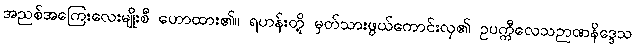
အညစ်အကြေးလေးမျိုးစီ ဟောထား၏။ ရဟန်းတို့ မှတ်သားဖွယ်ကောင်းလှ၏ ဥပက္ကီလေသဉာဏနိဒ္ဒေသ